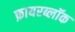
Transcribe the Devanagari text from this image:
फ़ायरब्लॉक